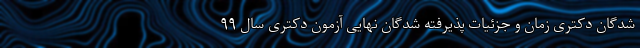
شدگان دکتری زمان و جزئیات پذیرفته شدگان نهایی آزمون دکتری سال ۹۹